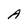
Character: A